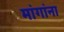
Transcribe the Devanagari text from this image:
मांगांना